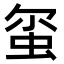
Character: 𫊱